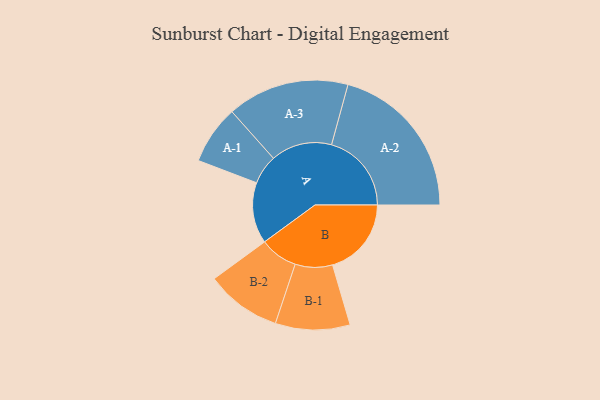
{"axis": {"x": "Segment", "y": "Value"}, "legend": ["", "A", "B"], "data": [{"x": "A", "y": 216, "type": ""}, {"x": "B", "y": 279, "type": ""}, {"x": "A-1", "y": 104, "type": "A"}, {"x": "A-2", "y": 283, "type": "A"}, {"x": "A-3", "y": 216, "type": "A"}, {"x": "B-1", "y": 132, "type": "B"}, {"x": "B-2", "y": 134, "type": "B"}]}